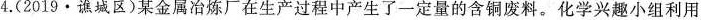
4.(2019\cdot 谯城区)某金属冶炼厂在生产过程中产生了一定量的含铜废料。化学兴趣小组利用